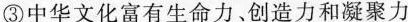
③ 中华文化富有生命力、创造力和凝聚力